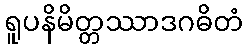
ရူပနိမိတ္တဿာဒဂဓိတံ